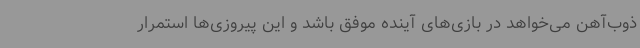
ذوب‌آهن می‌خواهد در بازی‌های آینده موفق باشد و این پیروزی‌ها استمرار